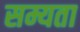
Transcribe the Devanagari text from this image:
सम्यता